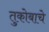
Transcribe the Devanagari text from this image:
तुकोबाचे